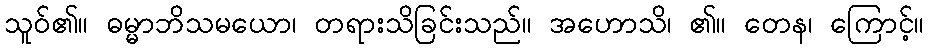
သူဝ်၏။ ဓမ္မာဘိသမယော၊ တရားသိခြင်းသည်။ အဟောသိ၊ ၏။ တေန၊ ကြောင့်။